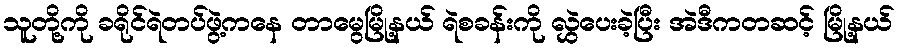
သူတို့ကို ခရိုင်ရဲတပ်ဖွဲ့ကနေ တာမွေမြို့နယ် ရဲစခန်းကို လွှဲပေးခဲ့ပြီး အဲဒီကတဆင့် မြို့နယ်